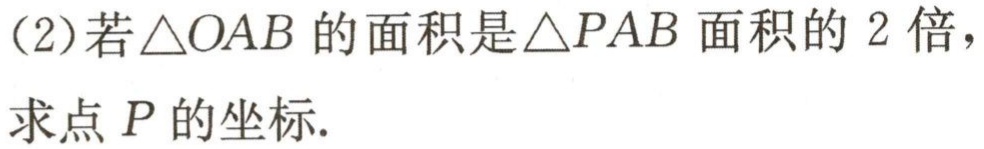
(2)若\(\triangle OAB\)的面积是\(\triangle PAB\)面积的\(2\)倍，
求点\(P\)的坐标.